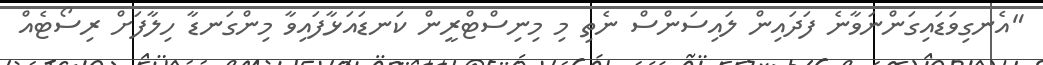
"އެނގިވަޑައިގަންނަވާނެ ފަދައިން ލައިސަންސް ނެތި މި މިނިސްޓްރީން ކަނޑައަޅާފައިވާ މިންގަނޑާ ހިލާފަށް ރިސޯޓެއް